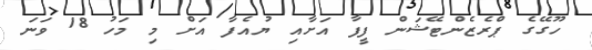
ހޫގޭގެ ޕްރެޒެންޓޭޝަން ފީފާ އަށާއި ޔުއެފާ އަށް މި މަހު 18 ވަނަ